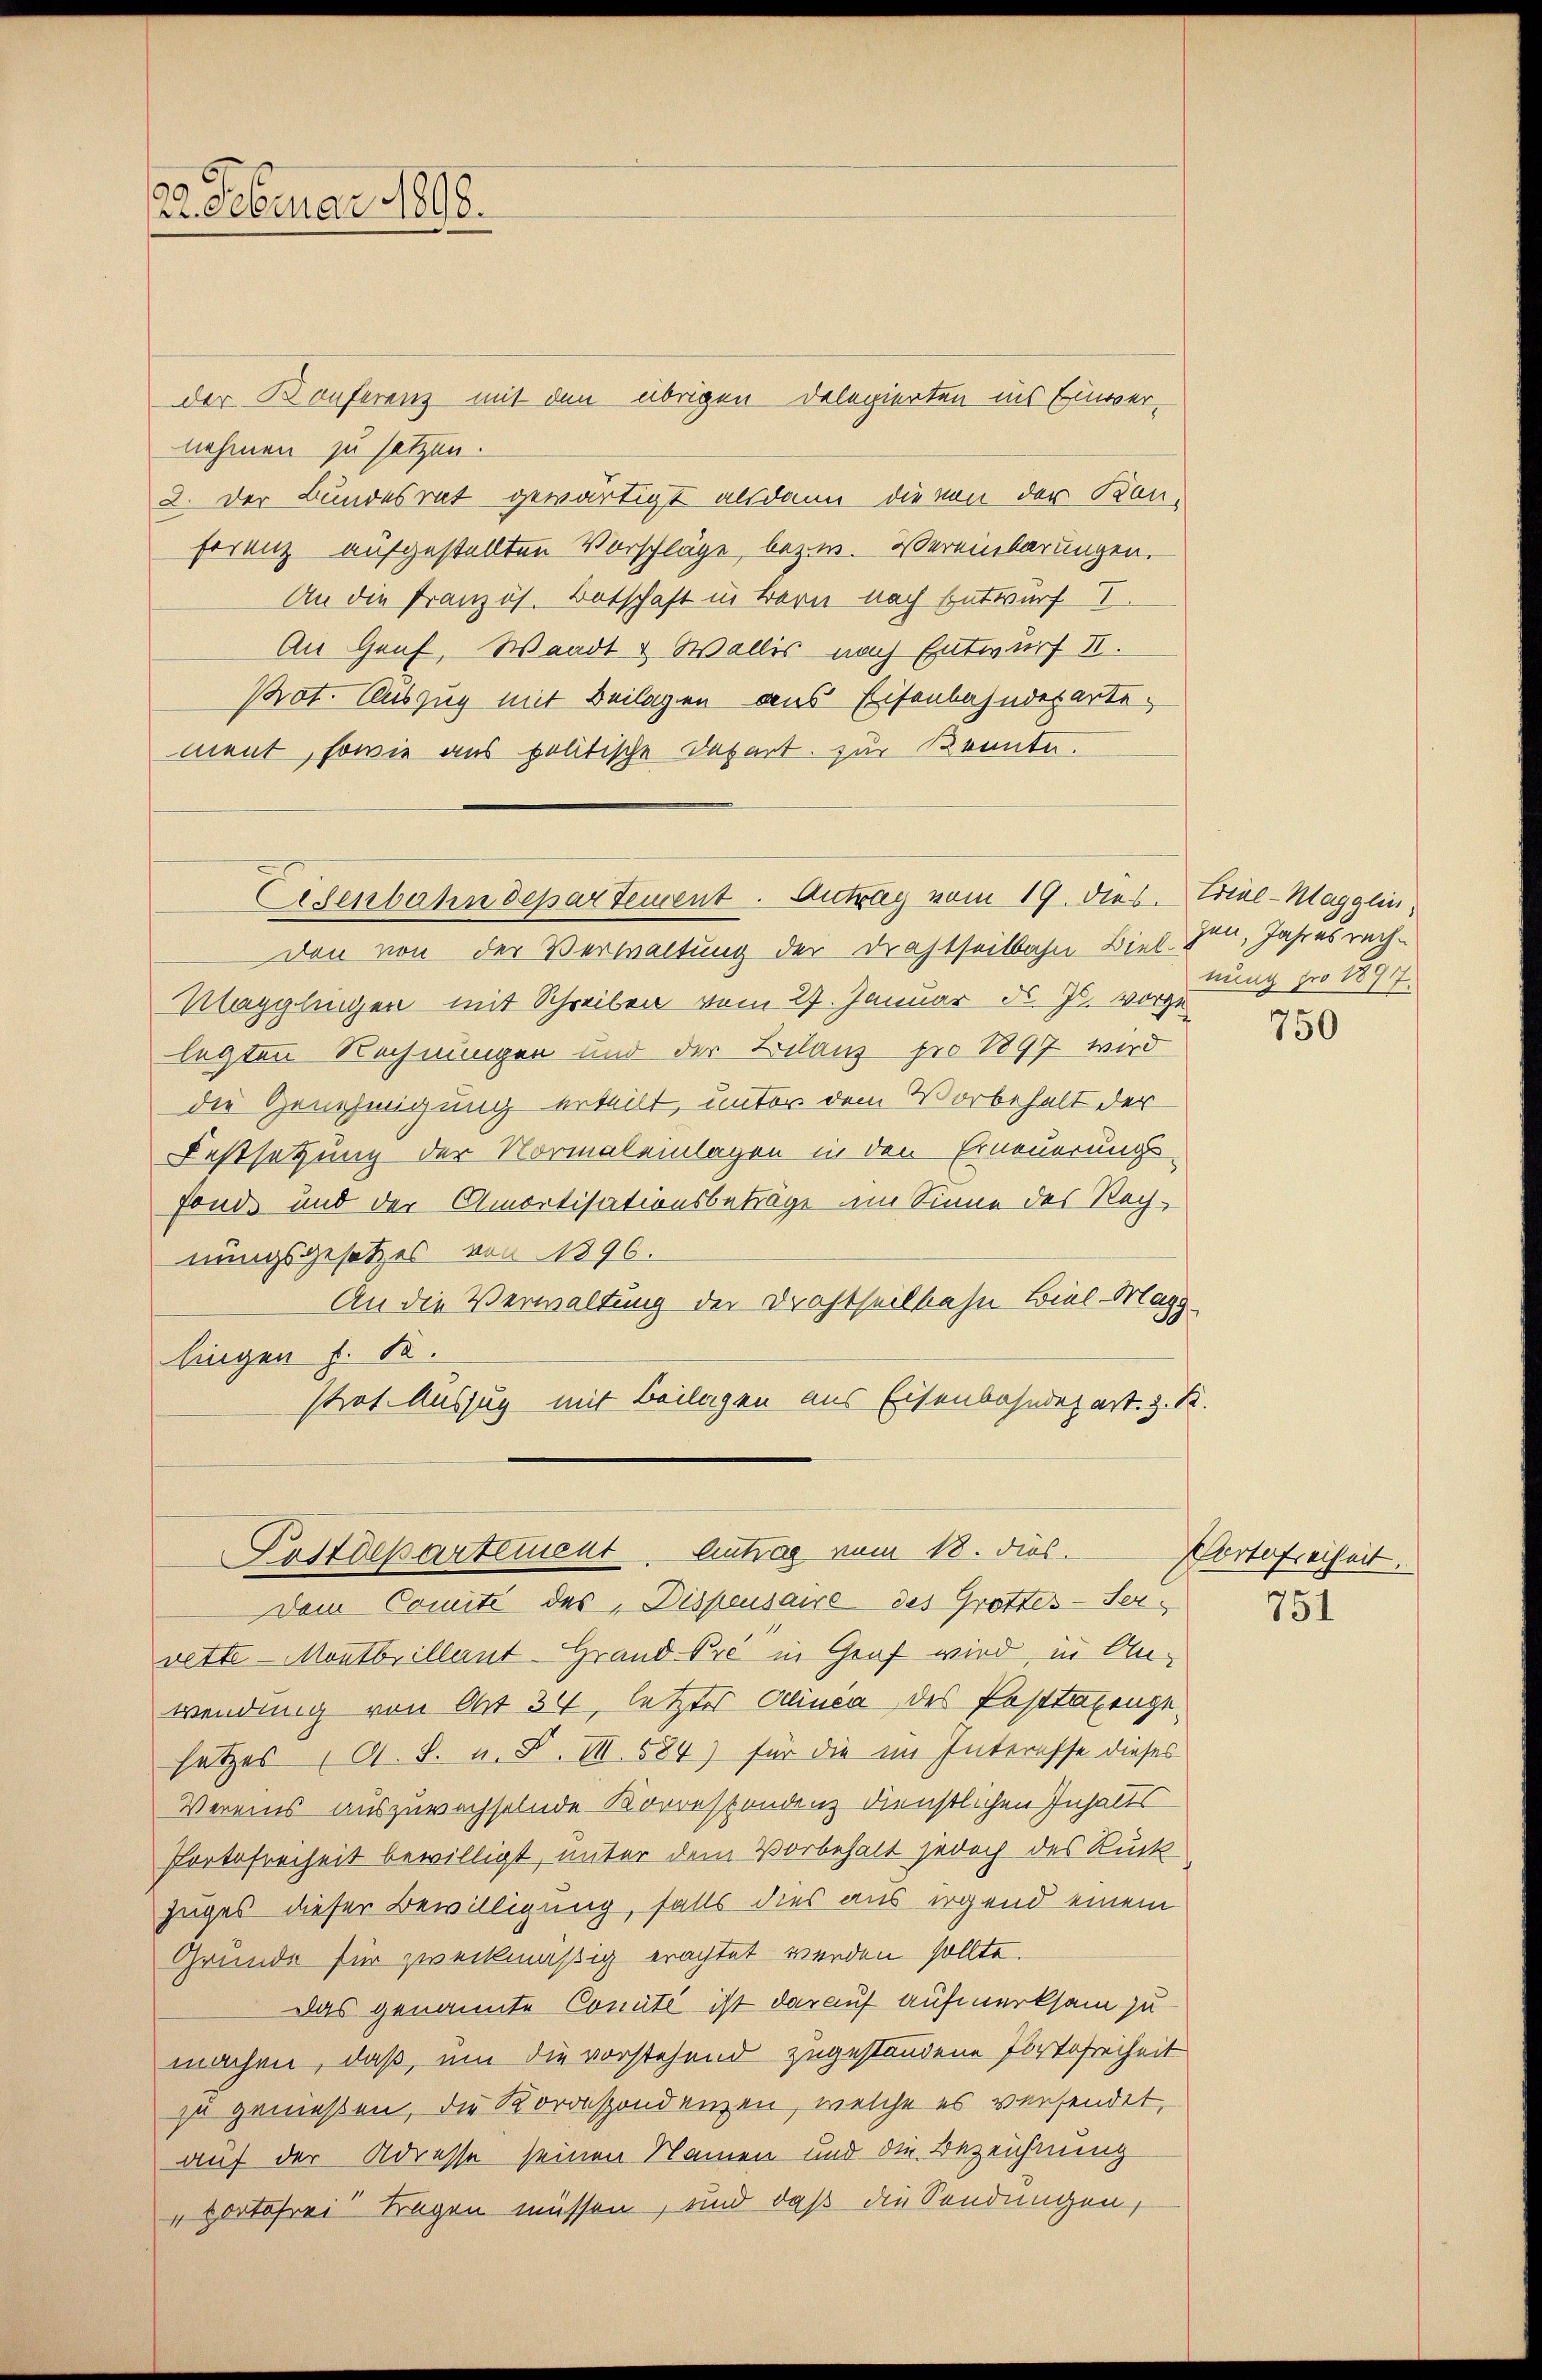
22. Februar 1898.

der Konferenz mit den übrigen Delegierten ins Einvernehmen zu setzen.
2. Der Bundesrat gewärtigt alsdann die von der Kon-
ferenz aufgestellten Vorschläge, bezw. Vereinbarungen.
An die Französ. Botschaft in Bern nach Entwurf I
An Graf, Waadt & Wallis nach Entwurf II.
Prot. Auszug mit Beilagen aus Eisenbahndeparte.
ment, sowie aus politische Depart zur Kennte.

Eisenbahndepartement. Antrag vom 19. dies. Eine-Magglin,

Den von der Verwaltung der Drahtseitbahn Biel zen, Jahresrech¬
Magglingen mit Schreiben vom 27. Januar d. J. vorgelegten Rechnungen und der Bilanz pro 1897 wird
die Genehmigung erteilt, unter dem Vorbehalt der
Festsetzung der Normaleinlagen in den Erneuerungs-
fonde und der Amortisationsbeträge im Sinne des Rechnungsgesetzes von 1896.
An die Verwaltung der Drahtheilbahn Biel Mags
lingen d. d.
strat. Auszug mit Beilagen aus Eisenbahndepart. 3. S
vette - Montbillant Grand-Pré in Graf wird, in Anwendung von Ott 34, letztes Clinca des Posttaxenge
satzes (A. S. u. F. III. 584) für die im Interesse dieses
Vereins auszuwachselnde Korrestandenz dienstlichen Inhalts
Portofreiheit bewilligt, unter dem Vorbehalt jedoch des Rück
zuges dieser Bewilligung, falls dies aus irgend einem
Gründe für zweckmäßig erachtet werden sollte.
Das genannte Comité ist darauf aufmerksam zu
machen, daß, um die vorstehend zugestandene Portofreiheit
zu geniessen, die Korrespondenzen, welche es versendet,
auf der Adresse seinen Namen und die Bezeichnung
portofrei Fragen müssen, und daß die Sendungen,

Postdepartement. Antrag vom 18. dies
Dem Comité des Dispensaire des Grottes-Ter¬

nung pro 1894.

750

Portofreiheit.

751